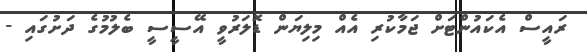
ރައީސް އެކައުންޓަށް ޖަމާކުރި އެއް މިލިޔަން ޑޮލަރުވީ އޭސީސީ ބެލުމުގެ ދަށުގައި -